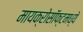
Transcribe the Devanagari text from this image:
मायक्रोसॉफ्टमध्ये